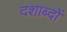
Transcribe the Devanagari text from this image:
दशाब्दों